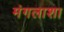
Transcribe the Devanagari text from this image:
मंगलाशा